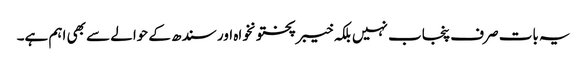
یہ بات صرف پنجاب نہیں بلکہ خیبرپختونخواہ اور سندھ کے حوالے سے بھی اہم ہے۔